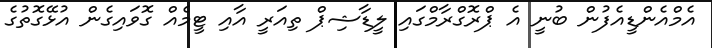
އެމްއެންޑީއެފުން ބުނީ އެ ޕްރޮގްރާމްގައި ލީޑާޝިޕް ތިއަރީ އާއި ޓީމެއް ގޮވައިގެން އުޅޭގޮތުގެ